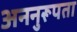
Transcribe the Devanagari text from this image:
अननुरूपता